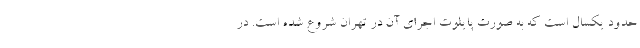
حدود یکسال است که به صورت پایلوت اجرای آن در تهران شروع شده است. در